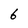
Character: 6